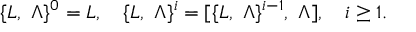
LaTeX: \{ L , \ \Lambda \} ^ { 0 } = L , \quad \{ L , \ \Lambda \} ^ { i } = [ \{ L , \ \Lambda \} ^ { i - 1 } , \ \Lambda ] , \quad i \ge 1 .